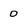
Character: 0